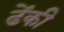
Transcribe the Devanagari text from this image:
ढेंकी